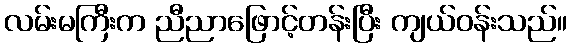
လမ်းမကြီးက ညီညာဖြောင့်တန်းပြီး ကျယ်ဝန်းသည်။